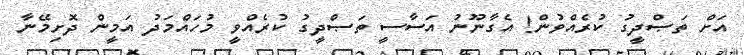
އަށް ތަޞްދީގު ކުރެއްވުން! އެގާނޫނު އަސާސީ ތަޞްދީގު ކުރެއްވީ މުހައްމަދު އަމީން ދޮށިމޭނާ